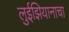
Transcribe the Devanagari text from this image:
लुईझियानाचा